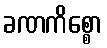
ခဏကိစ္စော